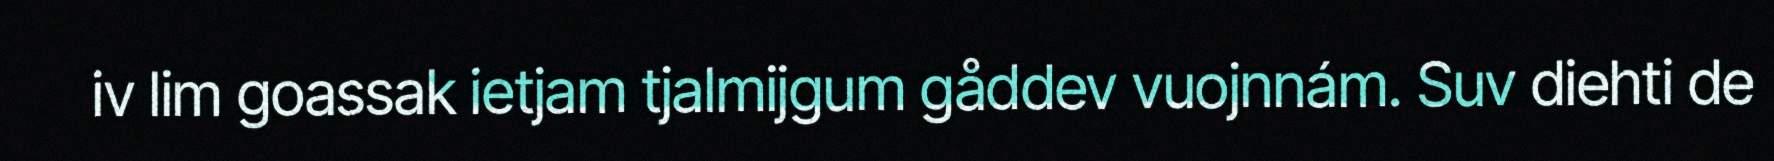
iv lim goassak ietjam tjalmijgum gåddev vuojnnám. Suv diehti de